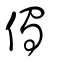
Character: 㒔